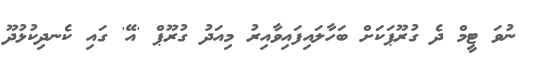
ނުވަ ޓީމް ދެ ގުރޫޕަކަށް ބަހާލައިފައިވާއިރު މިއަދު ގުރޫޕް 'އޭ' ގައި ކެނދިކުޅުދޫ